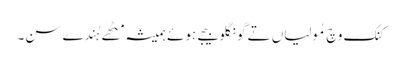
کنک وچ مُولیاں تے گونگلو بیجے ہوئے ہمیشہ مِٹھے ہُندے سن۔